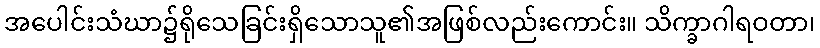
အပေါင်းသံဃာ၌ရိုသေခြင်းရှိသောသူ၏အဖြစ်လည်းကောင်း။ သိက္ခာဂါရဝတာ၊